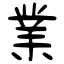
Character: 業